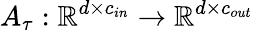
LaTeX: A_{\tau}:\mathbb{R}^{d\times c_{in}}\rightarrow\mathbb{R}^{d\times c_{out}}